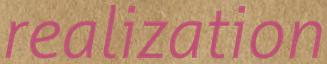
realization